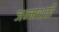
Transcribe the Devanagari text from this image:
जन्‍मशती